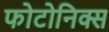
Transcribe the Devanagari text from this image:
फोटोनिक्स